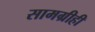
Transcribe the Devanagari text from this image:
सामग्रीही